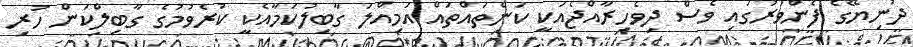
ދުނިޔޭގެ ފެންވަރުގައި ވެސް ދިވެހިރާއްޖެއަކީ ކަންތައްތައް އަމިއްލަ ގާބިލުކަމާއެކީ ކުރެވުމުގެ ގާބިލްކަން ހުރި